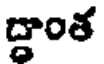
ద్ధాంత